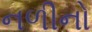
નળીનો